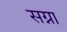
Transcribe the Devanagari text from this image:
सग्ना